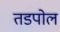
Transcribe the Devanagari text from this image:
तडपोल